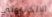
الإلكتروني